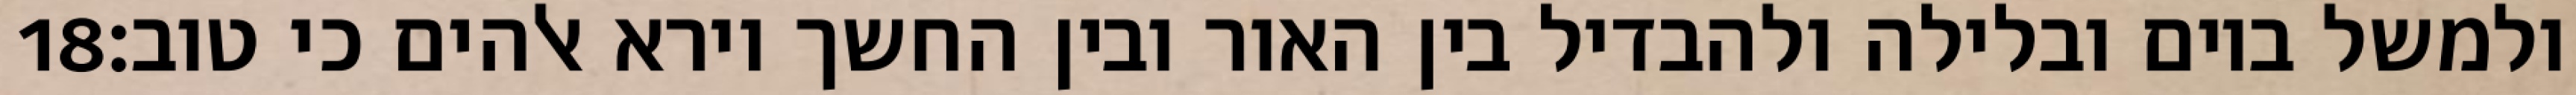
‎18‏ ולמשל ביום ובלילה ולהבדיל בין האור ובין החשך וירא אלהים כי טוב׃